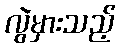
လွဲမှားသည့်